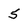
Character: 5